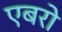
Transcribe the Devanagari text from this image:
एबरो